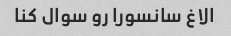
الاغ سانسورا رو سوال کنا